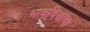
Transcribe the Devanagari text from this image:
भावविश्वाचा